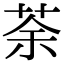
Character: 荼